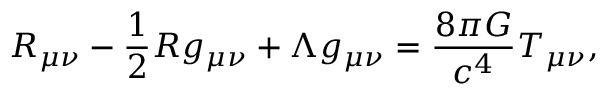
R _ { \mu \nu } - { \frac { 1 } { 2 } } R g _ { \mu \nu } + \Lambda g _ { \mu \nu } = { \frac { 8 \pi G } { c ^ { 4 } } } T _ { \mu \nu } ,